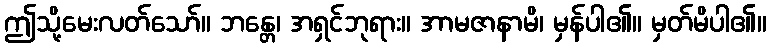
ဤသို့မေးလတ်သော်။ ဘန္တေ၊ အရှင်ဘုရား။ အာမဇာနာမိ၊ မှန်ပါ၏။ မှတ်မိပါ၏။